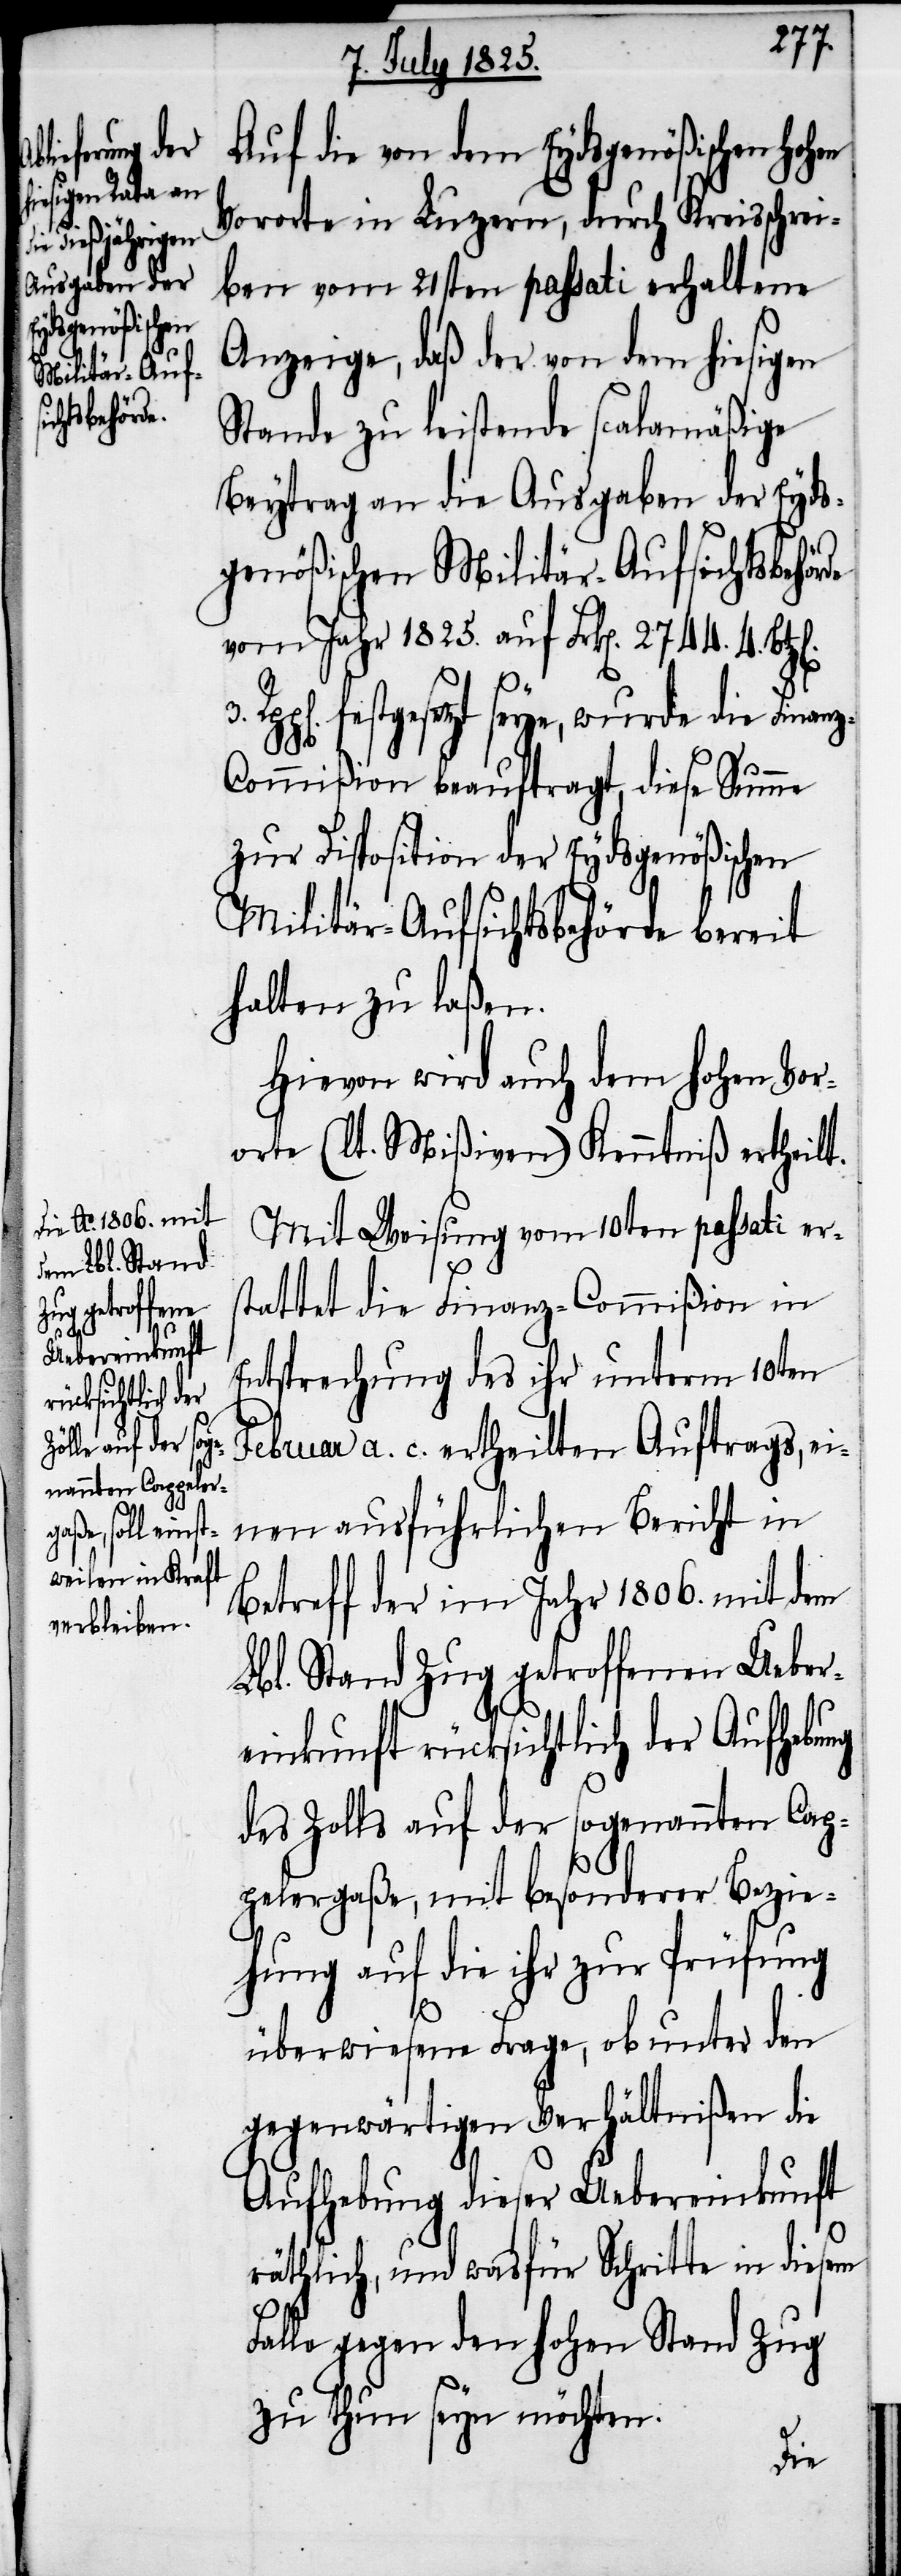
de

Auf die von dem Eydsgenößischen Hoh¬
Vororte in Luzern, durch Kreisschrei¬
ben vom 21sten passati erhaltene
Anzeige, daß der von dem hiesigen
Stande zu leistende scalamäßige
Beytrag an die Ausgaben der Eyds¬
genößischen Militär-Aufsichtsbehör¬
vom Jahr 1825. auf Frk[en]. 2744. 4.
festgesetzt seye, wurde die Finan¬
z-Commißion beauftragt, diese Summe
zur Disposition der Eydsgenößischen
Militär-Aufsichtsbehörde bereit
halten zu laßen.
Hievon wird auch dem hohen Vor¬
orte (lt. Mißiven) Kenntniß ertheilt.
Mit Weisung vom 10ten passati er¬
stattet die Finanz-Commißion in
Entsprechung des ihr unterm 10ten
Februar a. c. ertheilten Auftrags, ei¬
nen ausführlichen Bericht in
Betreff der im Jahr 1806. mit dem
Lbl. Stand Zug getroffenen Ueber¬
einkunft rücksichtlich der Aufhebung
des Zolls auf der sogenannten Cap¬
pelergaße, mit besonderer Bezie¬
hung auf die ihr zur Prüfung
überwiesene Frage, ob unter den
gegenwärtigen Verhältnißen die
Aufhebung dieser Uebereinkunft
räthlich, und was für Schritte in diesem
Falle gegen den hohen Stand Zug
zu thun seyn möchten.